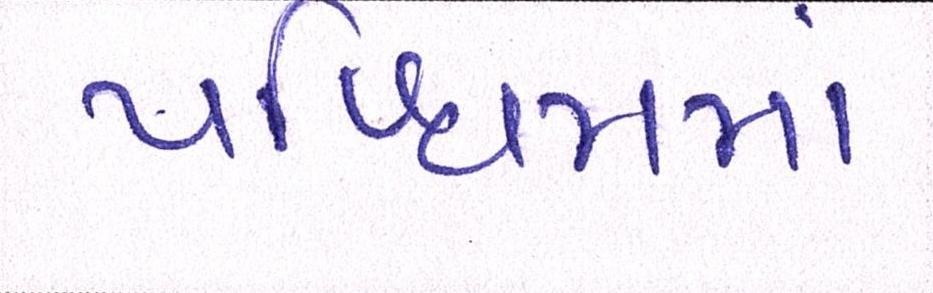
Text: પશ્ચિમમાં